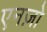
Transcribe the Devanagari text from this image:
एनज़ो